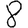
Digit: 8